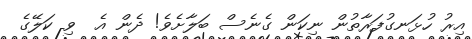
އިރު ހުޅަނގުފަރާތުން ނިކަން ގެނެސް ބަލާށެވެ! ދެން އެ  ވި ކަލޭގެ